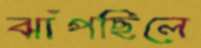
ঝাঁপছিলে